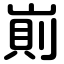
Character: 崱